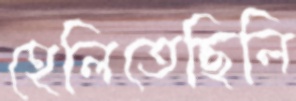
হেলিতেছিলি